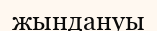
жындануы